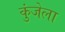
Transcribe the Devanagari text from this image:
कुंजेला